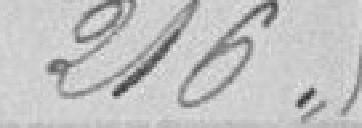
216